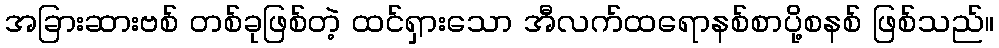
အခြားဆားဗစ် တစ်ခုဖြစ်တဲ့ ထင်ရှားသော အီလက်ထရောနစ်စာပို့စနစ် ဖြစ်သည်။